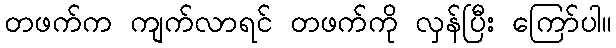
တဖက်က ကျက်လာရင် တဖက်ကို လှန်ပြီး ကြော်ပါ။